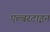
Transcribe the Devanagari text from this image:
एल्बरटाइन